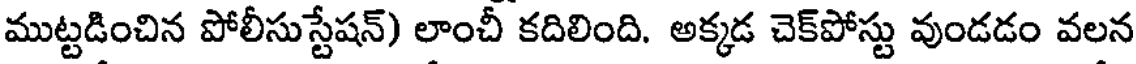
ముట్టడించిన పోలీసుస్టేషన్) లాంచీ కదిలింది. అక్కడ చెక్పోస్టు వుండడం వలన